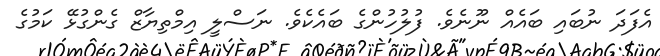
އެފަދަ ނުބައި ބައެއް ނޫނެވެ. ފުލުހުންގެ ބައެކެވެ. ނަސްލީ އިމްތިޔާޒް ގެންގުޅޭ ކަމުގެ